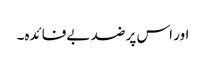
اور اس پر ضد بےفائدہ۔